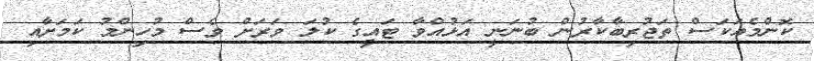
ކޮންމެއަކަސް ތަޖުރިބާކާރުން ބުނަނީ އަޅުއްވާ ޓައީގެ ކުލަ ވަރަށް ވެސް މުހިންމު ކަމަށާއި